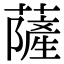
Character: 薩